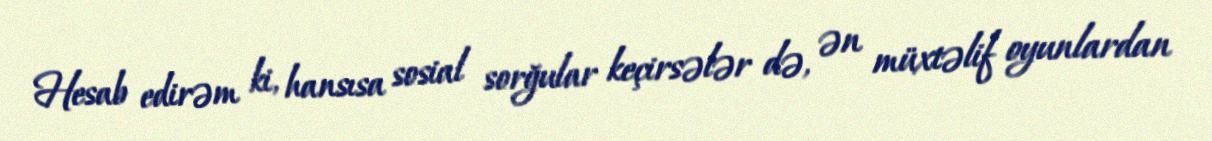
Hesab edirəm ki, hansısa sosial sorğular keçirsələr də, ən müxtəlif oyunlardan